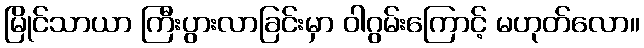
မြိုင်သာယာ ကြီးပွားလာခြင်းမှာ ဝါဂွမ်းကြောင့် မဟုတ်လော။